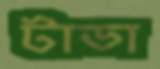
টাডা